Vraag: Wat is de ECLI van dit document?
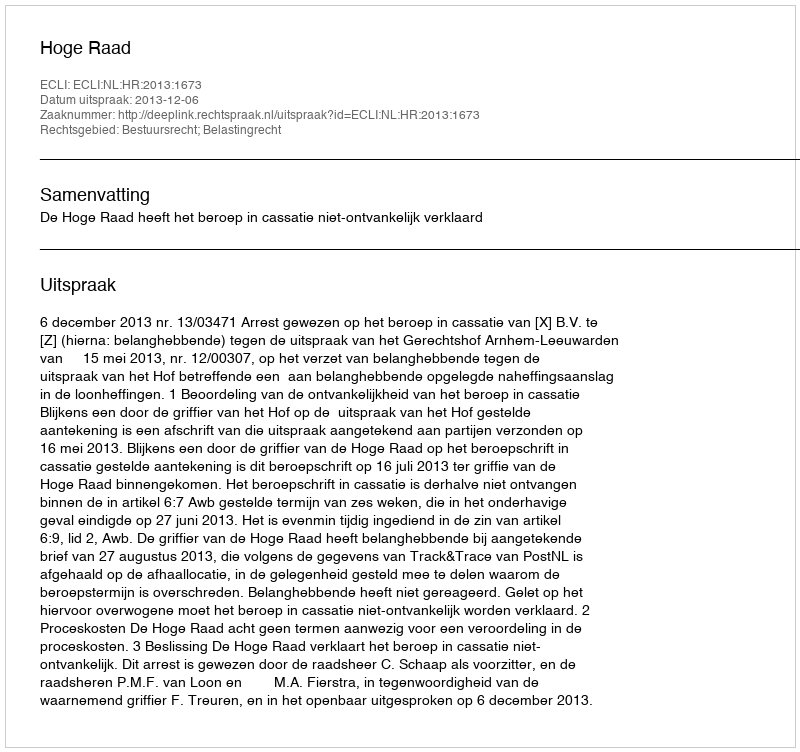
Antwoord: ECLI:NL:HR:2013:1673